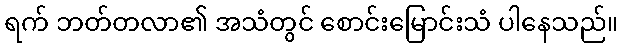
ရက် ဘတ်တလာ၏ အသံတွင် စောင်းမြောင်းသံ ပါနေသည်။